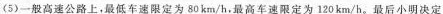
(5)一般高速公路上，最低车速限定为80km/h。最高车速限定为120km/h。最后小明决定